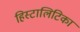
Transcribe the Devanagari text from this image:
हिस्टालिटिका